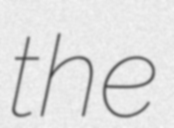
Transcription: the